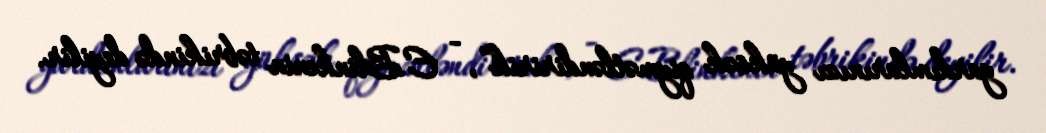
yardımlarınızı yüksək qiymətləndiririk”, - E.Blinkenin təbrikində deyilir.